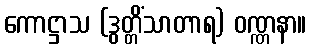
ကောဋ္ဌာသ (ဒွတ္တိံသာတာရ) ဝဏ္ဏနာ။